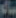
سالم